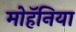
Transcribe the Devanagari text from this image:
मोहॅनिया